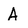
Character: A